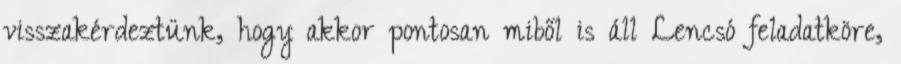
visszakérdeztünk, hogy akkor pontosan miből is áll Lencsó feladatköre,